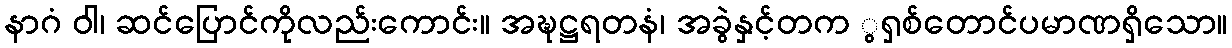
နာဂံ ဝါ၊ ဆင်ပြောင်ကိုလည်းကောင်း။ အဍ္ဎဋ္ဌရတနံ၊ အခွဲနှင့်တက ွရှစ်တောင်ပမာဏရှိသော။